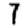
Digit: 7